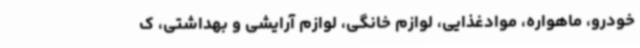
خودرو، ماهواره، موادغذایی، لوازم خانگی، لوازم آرایشی و بهداشتی، ک